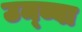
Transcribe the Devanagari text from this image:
उम्ब्वा